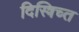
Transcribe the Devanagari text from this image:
दिस्त्रिच्त